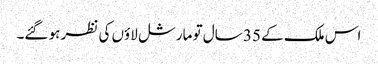
اس ملک کے 35 سال تو مارشل لاؤں کی نظر ہو گئے۔